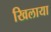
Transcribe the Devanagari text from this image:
खिलाया